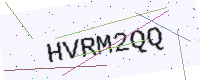
Text: HVRM2QQ